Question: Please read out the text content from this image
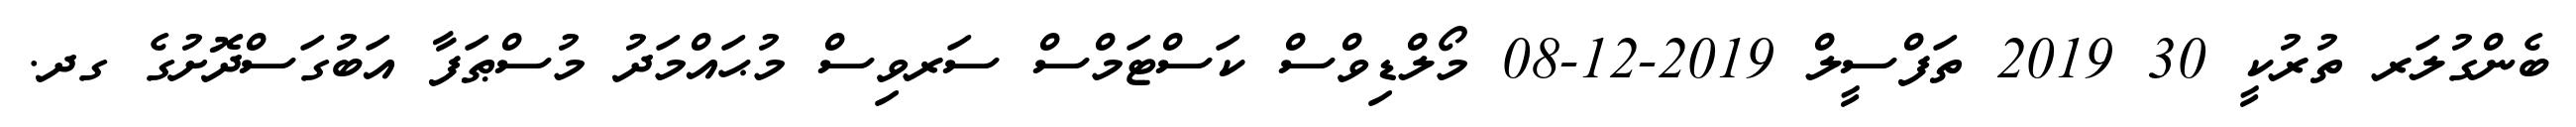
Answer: ބެންގުލަރ ތުރުކީ 30 2019 ތަފްސީލް 2019-12-08 މޯލްޑިވްސް ކަސްޓަމްސް ސަރވިސް މުޙައްމަދު މުސްޠަފާ އަބުގަސްދޮށުގެ ގދ.